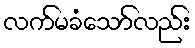
လက်မခံသော်လည်း